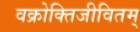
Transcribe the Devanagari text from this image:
वक्रोक्तिजीवितम्